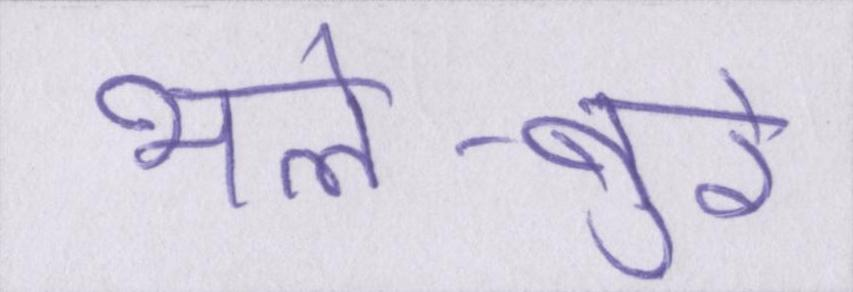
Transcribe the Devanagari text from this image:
भले-बुरे